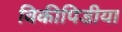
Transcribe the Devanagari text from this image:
विकीपिडीया